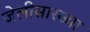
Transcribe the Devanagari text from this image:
जेलीसारख्या